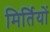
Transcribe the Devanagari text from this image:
मिर्तियों